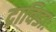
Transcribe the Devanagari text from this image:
द्राविडाः